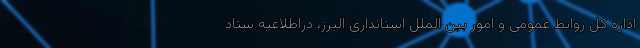
اداره کل روابط عمومی و امور بین الملل استانداری البرز، دراطلاعیه ستاد